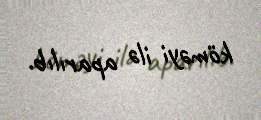
köməyi ilə aparılıb.